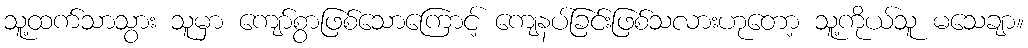
သူ့ထက်သာသွား သူမှာ ကျော်စွာဖြစ်သောကြောင့် ကျေနပ်ခြင်းဖြစ်သလားဟုတော့ သူ့ကိုယ်သူ မသေချာ။